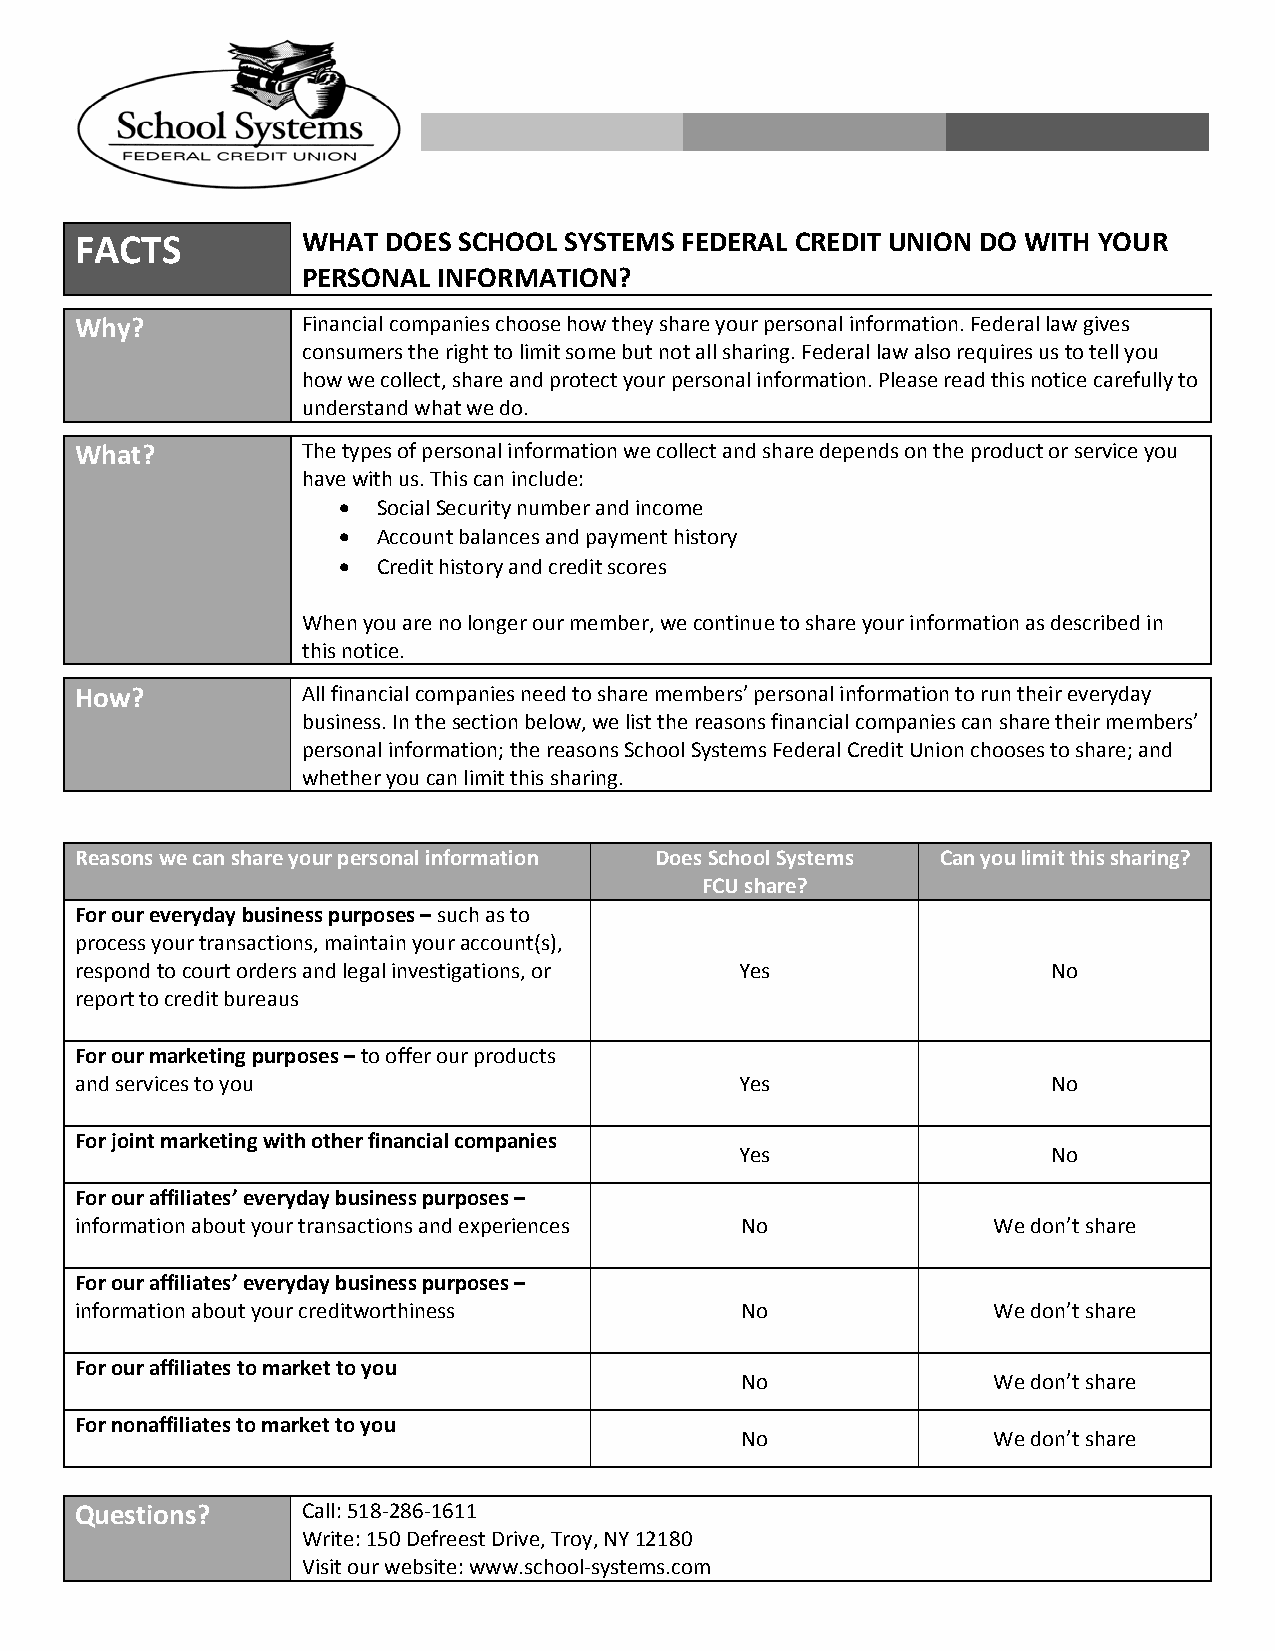
FACTS          WHAT  DOES SCHOOL SYSTEMS FEDERAL CREDIT UNION DO WITH YOUR
 PERSONAL INFORMATION?
 Why?           Financial companies choose how they share your personal information. Federal law gives
 consumers the right to limit some but not all sharing. Federal law also requires us to tell you
 how we collect, share and protect your personal information. Please read this notice carefully to
 understand what we do.
 What?          The types of personal information we collect and share depends on the product or service you
 have with us. This can include:
   Social Security number and income
   Account balances and payment history
   Credit history and credit scores
 When you are no longer our member, we continue to share your information as described in
 this notice.
 How?           All financial companies need to share members’ personal information to run their everyday
 business. In the section below, we list the reasons financial companies can share their members’
 personal information; the reasons School Systems Federal Credit Union chooses to share; and
 whether you can limit this sharing.
 Reasons we can share your personal information Does School Systems Can you limit this sharing?
 FCU share?
 For our everyday business purposes – such as to
 process your transactions, maintain your account(s),
 respond to court orders and legal investigations, or Yes         No
 report to credit bureaus
 For our marketing purposes – to offer our products
 and services to you                         Yes                  No
 For joint marketing with other financial companies
 Yes                  No
 For our affiliates’ everyday business purposes –
 information about your transactions and experiences No       We don’t share
 For our affiliates’ everyday business purposes –
 information about your creditworthiness     No               We don’t share
 For our affiliates to market to you
 No               We don’t share
 For nonaffiliates to market to you
 No               We don’t share
 Questions?     Call: 518‐286‐1611
 Write: 150 Defreest Drive, Troy, NY 12180
 Visit our website: www.school‐systems.com